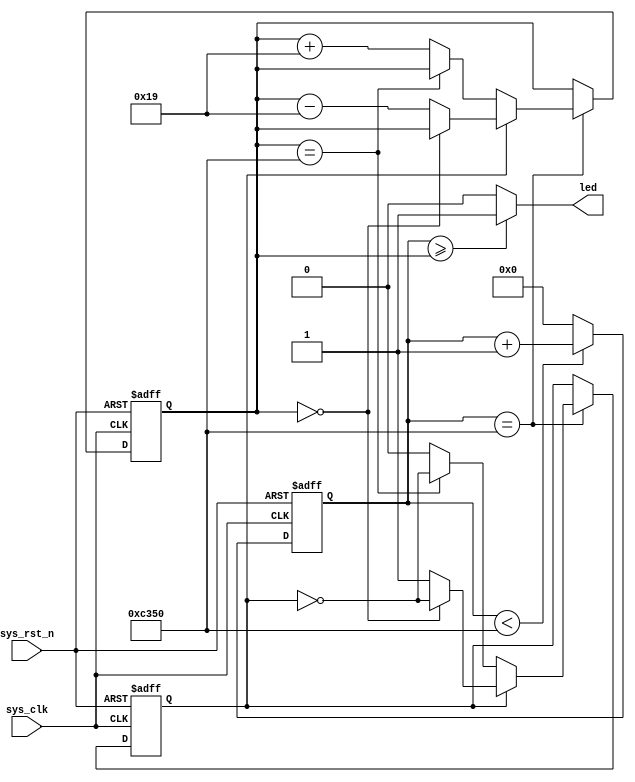
//////////////////////////////////////////////////////////////////////////////////
// 
// Engineer: 
// Module Name: pwm_led
// Description: pwm ctrl led
// 
//////////////////////////////////////////////////////////////////////////////////
`timescale 1ns / 1ps

module pwm_led(
    input           sys_clk,
    input           sys_rst_n,

    output          led
);

reg[15:0]       period_cnt;
reg[15:0]       duty_cycle;
reg             inc_dec_flag;

//1ms
always @(posedge sys_clk or negedge sys_rst_n) begin
    if(!sys_rst_n)
        period_cnt <= 16'd0;
    else if(period_cnt < 16'd5_0000)
        period_cnt <= period_cnt + 1'b1; 
    else
        period_cnt <= 16'd0;
        
end

always @(posedge sys_clk or negedge sys_rst_n) begin
    if(!sys_rst_n) begin
        duty_cycle <= 16'd0;            
        inc_dec_flag <= 1'b0;
    end
    else begin
        if(period_cnt == 16'd5_0000) begin
            if(inc_dec_flag == 0) begin
                if(duty_cycle == 16'd5_0000)
                    inc_dec_flag <= ~inc_dec_flag;
                else
                    duty_cycle <= duty_cycle + 5'd25;
            end 
            else begin
                if(duty_cycle == 16'd0)
                    inc_dec_flag <= ~inc_dec_flag;
                else
                    duty_cycle <= duty_cycle - 5'd25;
            end
        end    
    end 
end

assign led = (period_cnt >= duty_cycle) ? 1'b1 : 1'b0;

endmodule